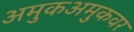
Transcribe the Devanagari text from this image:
अमुकअमुकवर